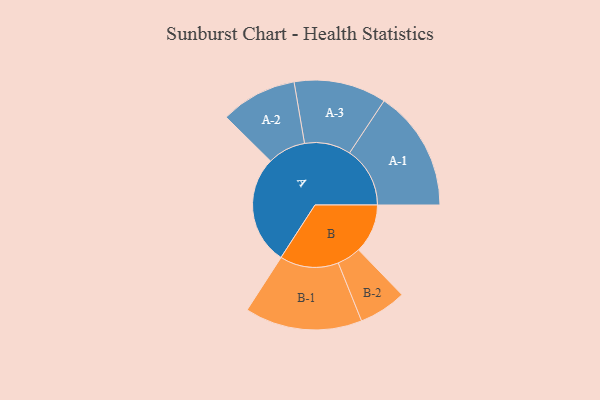
{"axis": {"x": "Segment", "y": "Value"}, "legend": ["", "A", "B"], "data": [{"x": "A", "y": 499, "type": ""}, {"x": "B", "y": 225, "type": ""}, {"x": "A-1", "y": 277, "type": "A"}, {"x": "A-2", "y": 175, "type": "A"}, {"x": "A-3", "y": 212, "type": "A"}, {"x": "B-1", "y": 269, "type": "B"}, {"x": "B-2", "y": 109, "type": "B"}]}